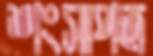
শংসাপত্র